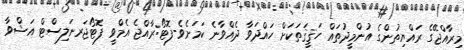
މިރާއްޖޭގެ ރައްޔިތުންގެ އުންމީދުތައް ހަޤީޤަތަކަށް ހައްދަވާ ދެއްވާނެ ކަމަށެވެ-ފޮޓޯ:ރާއްޖެ އެމްވީ ފޮޓޯޖަރނަލިސްޓް އަޝްވާ